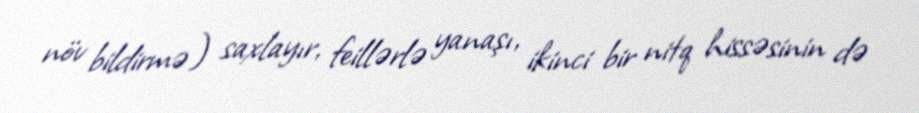
növ bildirmə) saxlayır, feillərlə yanaşı, ikinci bir nitq hissəsinin də